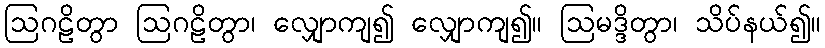
ဩဂဠိတွာ ဩဂဠိတွာ၊ လျှောကျ၍ လျှောကျ၍။ ဩမဒ္ဒိတွာ၊ သိပ်နယ်၍။